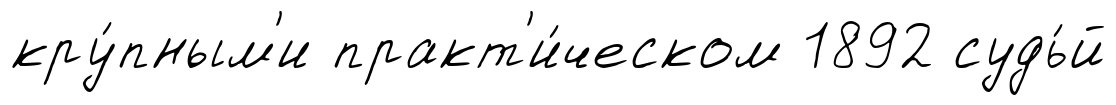
кру́пным'и практ'и́ческом 1892 судь́й